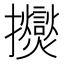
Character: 𫾠